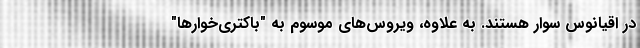
در اقیانوس سوار هستند. به علاوه، ویروس‌های موسوم به "باکتری‌خوارها"